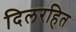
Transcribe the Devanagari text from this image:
दिलरहित